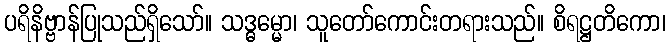
ပရိနိဗ္ဗာန်ပြုသည်ရှိသော်။ သဒ္ဓမ္မော၊ သူတော်ကောင်းတရားသည်။ စိရဋ္ဌတိကော၊